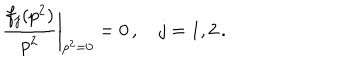
\frac { f _ { j } ( p ^ { 2 } ) } { p ^ { 2 } } { \bigg | } _ { p ^ { 2 } = 0 } = 0 \, , \quad j = 1 , 2 \, .